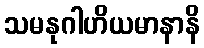
သမနုဂါဟိယမာနာနိ